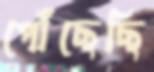
পৌঁছেছি